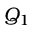
Q _ { 1 }